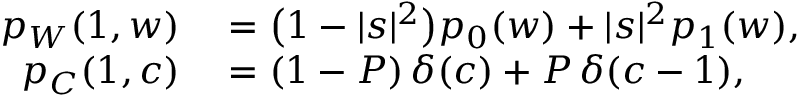
\begin{array} { r l } { p _ { W } ( 1 , w ) } & { { } = \bigl ( 1 - | s | ^ { 2 } \bigr ) p _ { 0 } ( w ) + | s | ^ { 2 } p _ { 1 } ( w ) , } \\ { p _ { C } ( 1 , c ) } & { { } = ( 1 - P ) \, \delta ( c ) + P \, \delta ( c - 1 ) , } \end{array}